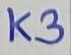
Text: K3